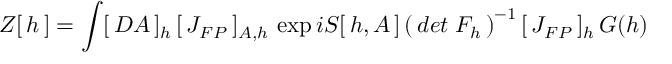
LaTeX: Z [ \, h \, ] = \int [ \, { \cal D } A \, ] _ { h } \, [ \, J _ { F P } \, ] _ { A , h } \, \exp i S [ \, h , A \, ] \left( \, d e t \; F _ { h } \, \right) ^ { - 1 } [ \, J _ { F P } \, ] _ { h } \, G ( h ) \,